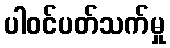
ပါဝင်ပတ်သက်မှု